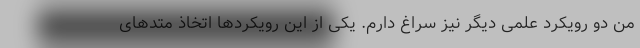
من دو رویکرد علمی دیگر نیز سراغ دارم. یکی از این رویکردها اتخاذ متدهای